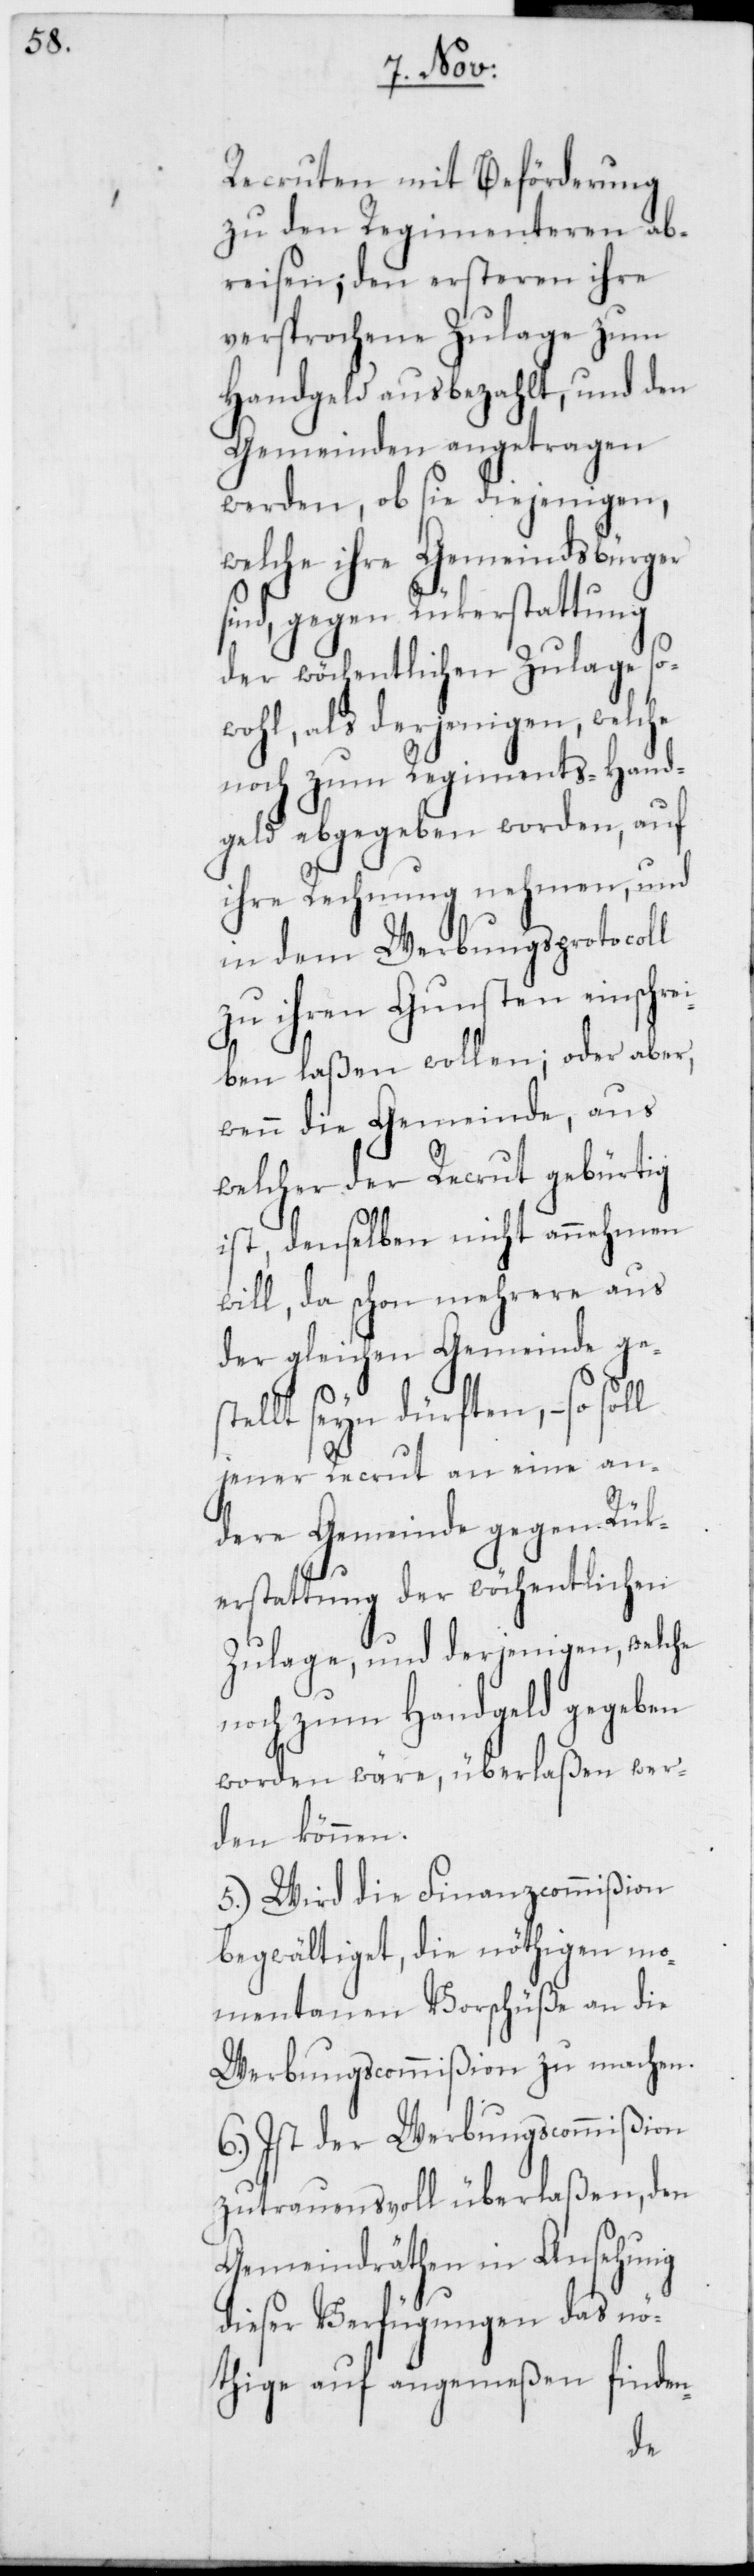
Recruten mit Beförderung
zu den Regimenteren ab¬
reisen; den ersteren ihre
versprochene Zulage zum
Handgeld ausbezahlt und
Gemeinde ges¬
werden, ob sie di¬
welche ihre Gemeindsbür¬
sind, gegen Rük¬
i¬
wollen;
noch zum
ommißion
gegeben
ihre
in dem
an eine
wenn die Ge¬
welcher der
st, denselb¬
will, da
der gleichen
en
welche
–
jener Recrut
higen
dere Gemeinde
erstattung der
Zulage, und
Regiments-Hand¬
worden wäre, überl¬
den können.
5.) Wird die Finanzc¬
begwältiget, die nöt¬
momentanen Vorschüße an die
Werbungscommißion zu machen.
6.) Ist der Werbungscommißion
zutrauensvoll überlaßen, den
Gemeindräthen in Ansehung
dieser Verfügungen das nö¬
thige auf angemeßen finden-
de,